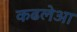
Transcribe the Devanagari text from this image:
कढलेआ